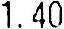
1.40